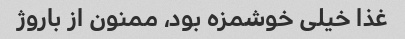
غذا خیلی خوشمزه بود، ممنون از باروژ